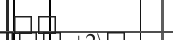
١١